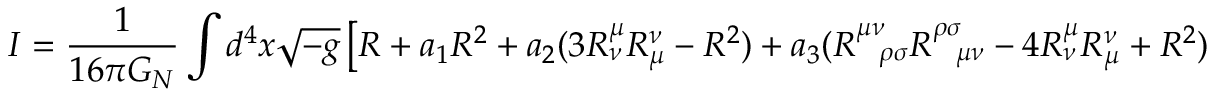
I = \frac { 1 } { 1 6 \pi G _ { N } } \int d ^ { 4 } x \sqrt { - g } \left[ R + a _ { 1 } R ^ { 2 } + a _ { 2 } ( 3 R _ { \nu } ^ { \mu } R _ { \mu } ^ { \nu } - R ^ { 2 } ) + a _ { 3 } ( R _ { \ \ \rho \sigma } ^ { \mu \nu } R _ { \ \ \mu \nu } ^ { \rho \sigma } - 4 R _ { \nu } ^ { \mu } R _ { \mu } ^ { \nu } + R ^ { 2 } ) \right] ,